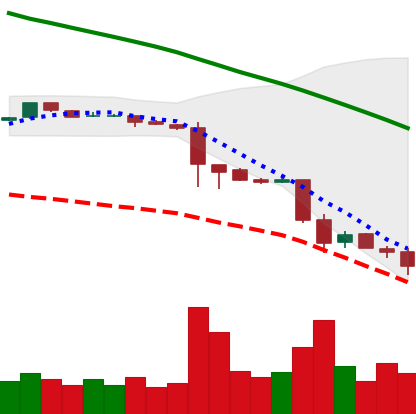
Ticker: ETC-USD
Chart end date: 2018-11-24
Forward return: 3.475%
Label: up_3_5